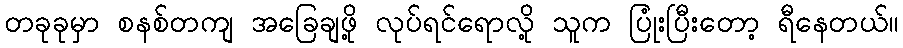
တခုခုမှာ စနစ်တကျ အခြေချဖို့ လုပ်ရင်ရောလို့ သူက ပြုံးပြီးတော့ ရီနေတယ်။